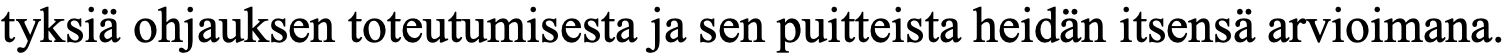
tyksiä ohjauksen toteutumisesta ja sen puitteista heidän itsensä arvioimana.